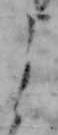
よ